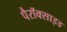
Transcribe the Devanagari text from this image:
पैरॉक्साइड